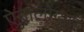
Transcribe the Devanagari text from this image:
ऐनालोग्युस